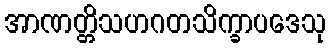
အာဏတ္တိသဟဂတသိက္ခာပဒေသု